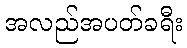
အလည်အပတ်ခရီး